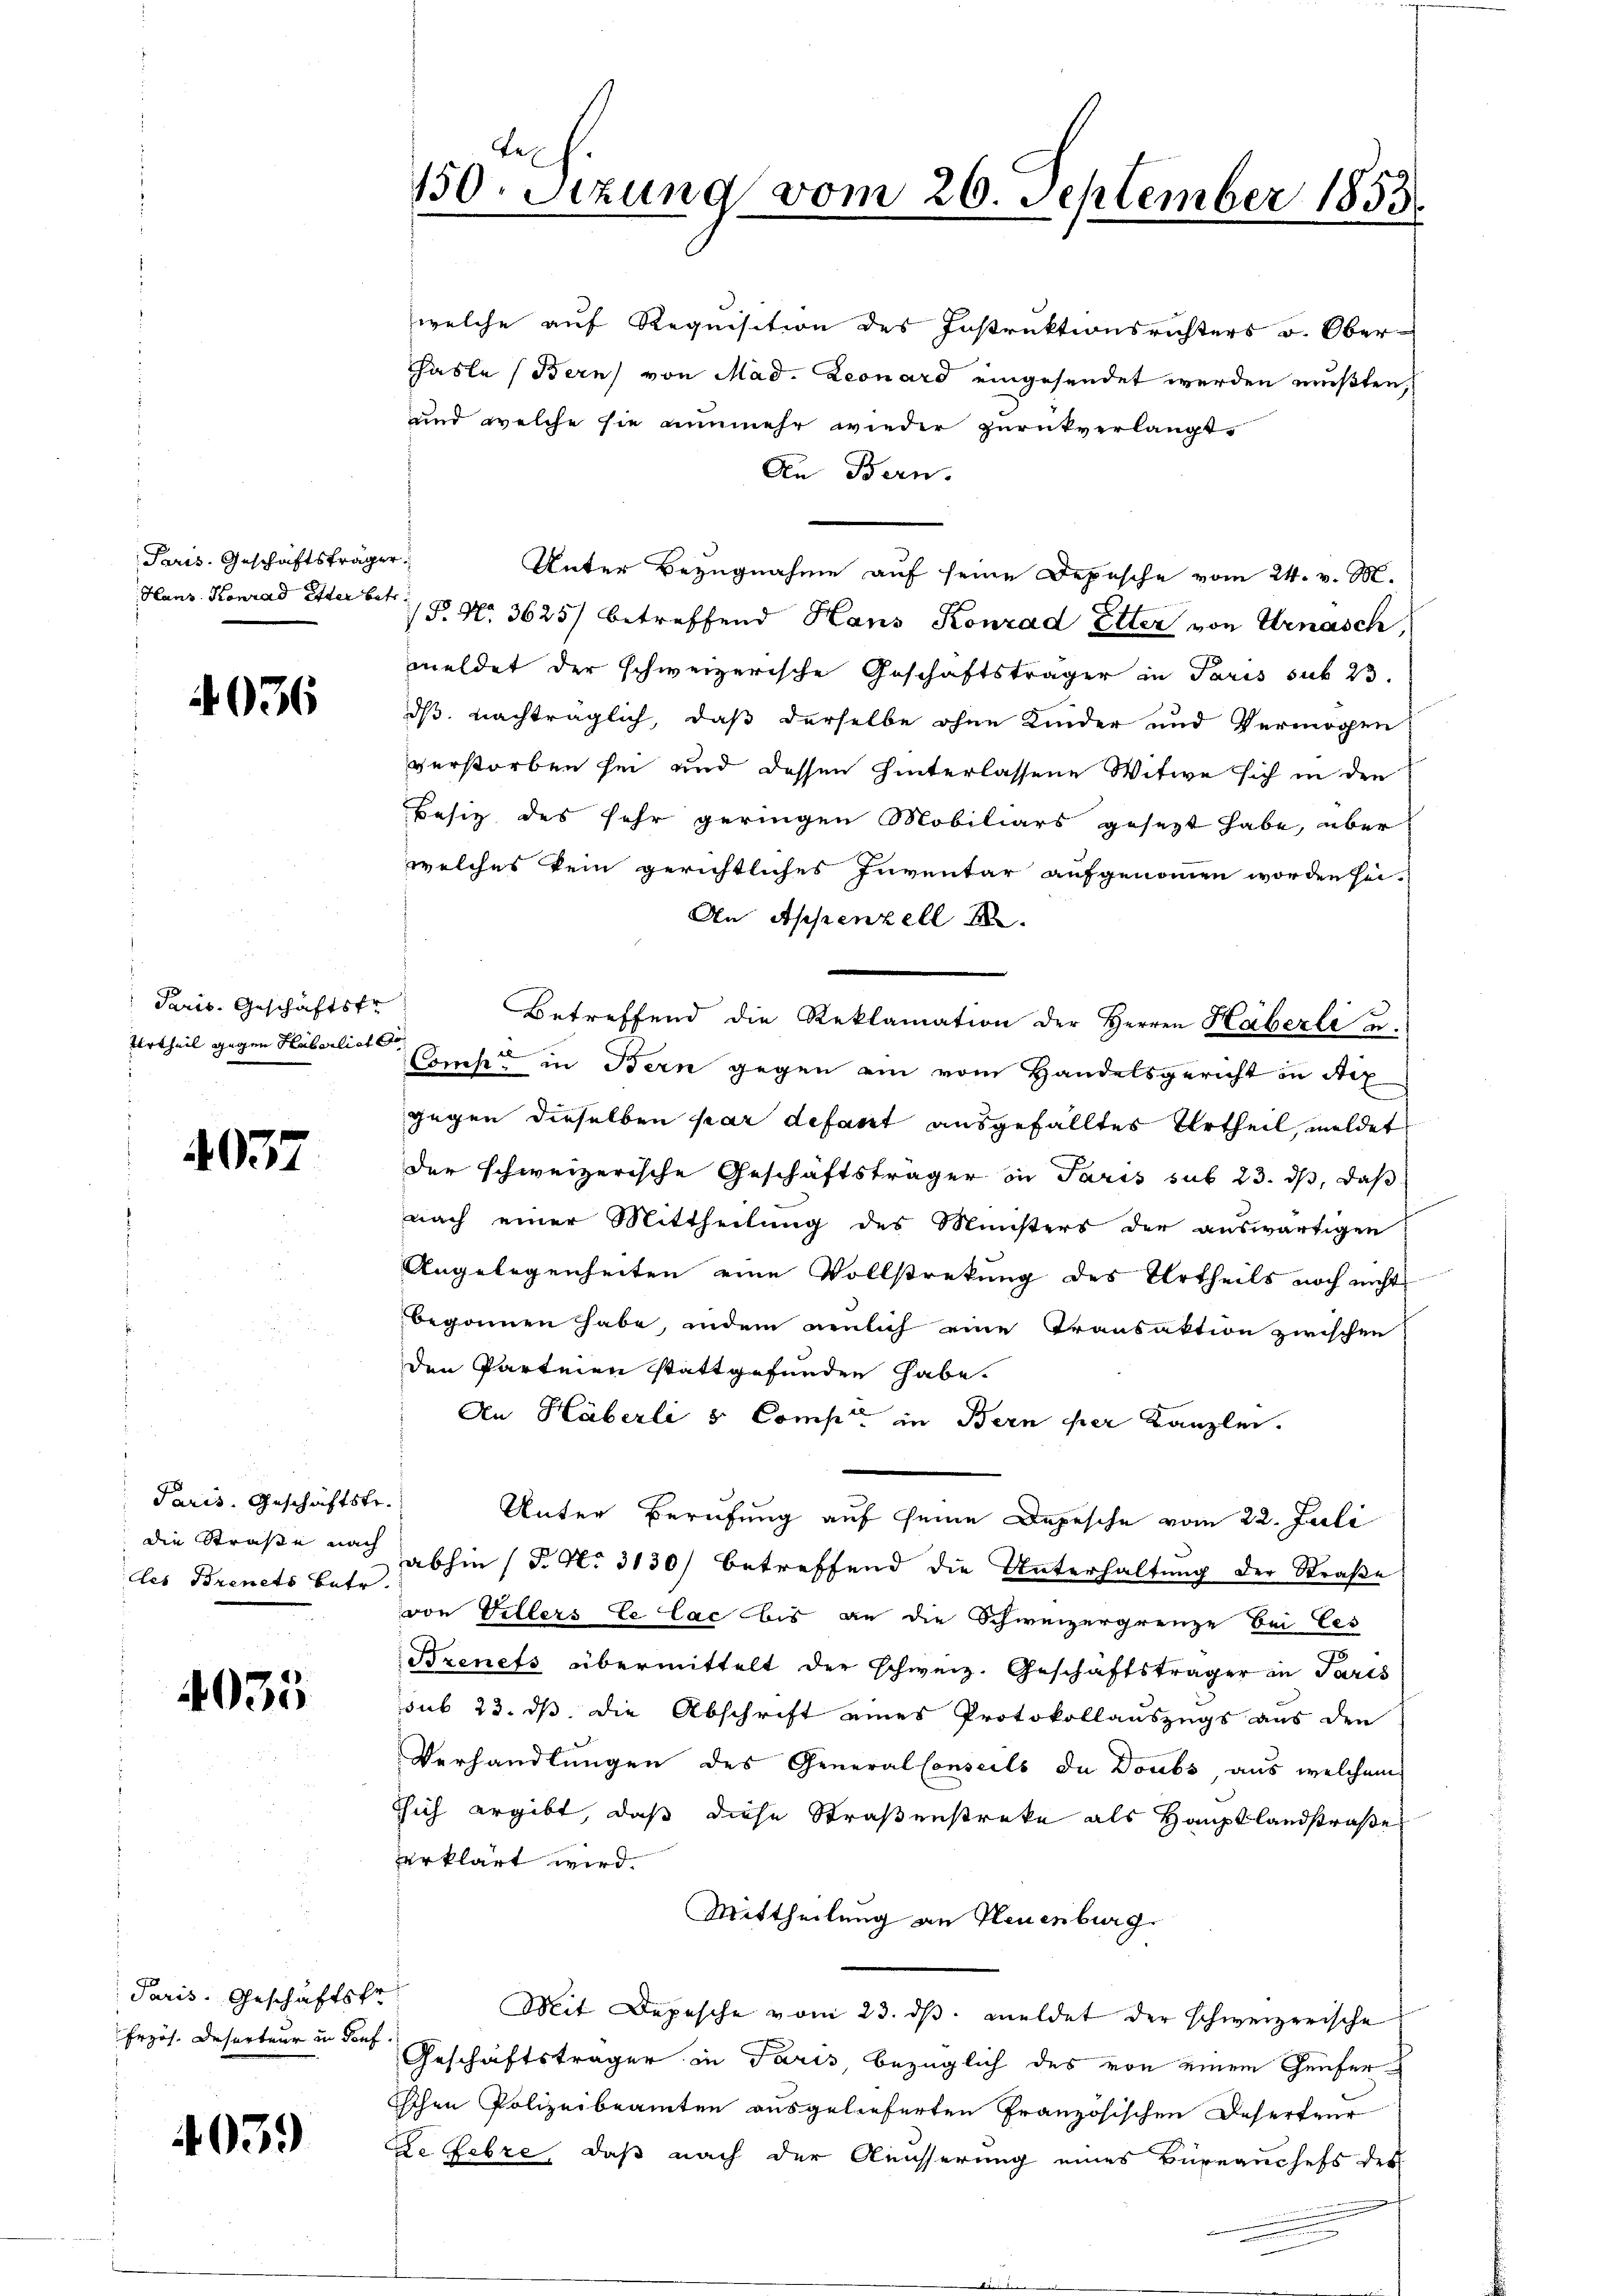
Paris, Geschäftsfrage
Hans Konrad Etter bet

4036

Paris. Geschäftsf
Urtheil gegen Huberlich

4037

Paris. Geschäftstr.
die Straße nach
des Brenets betr.

4035

Paris. Geschäftskr
Erzös. Deserteur in Souf

4039)

v

150. Sitzung vom 26. September 1853

welche auf Requisition des Instruktionsrichters v. Oberhasle (Bern) von Mad. Leonard eingesendet werden mußten,
und welche sie nunmehr wieder zurückverlangt
An Bern.
Unter Bezugnahme auf seine Depesche vom 24. v. M.
P. Nr. 3625) betreffend Hans Konrad Etter von Urnasch,
meldet der schweizerische Geschäftsträger in Paris sub 23.
dß nachträglich, daß derselbe ohne Kinder und Vermögen
verstorben sei und dessen hinterlassene Witwe sich in den
Besiz des sehr geringen Mobiliars gesezt habe, über
welches kein gerichtliches Inventar aufgenommen worden sei.
An Appenzell A.
Betreffend die Reklamation der Herren Häberli u.
Comp. in Bern gegen ein vom Handelsgericht in Aix
gegen dieselben par defant ausgefälltes Urtheil, meldet
der schweizerische Geschäftsträger in Paris sub 23. ds, daß
nach einer Mittheilung des Münsters der auswärtigen
Angelegenheiten eine Vollstrekung des Urtheils noch nicht
begonnen habe, indem neulich eine Transaktion zwischen
den Garteien stattgefunden habe.
An Häberli & Comp. in Bern per Kanzlei.
Unter Berufung auf seine Depesche vom 22. Juli
abhin (T. N. 3130) betreffend die Unterhaltung der Straße
von Villers le Cac bis an die Schweizergrenze bei Ces
Brenes übermittelt der schweiz. Geschäftsträger in Paris
sub 23. ds. die Abschrift eines Protokollauszugs aus den
Verhandlungen des GeneralConseils da Doubs, aus welchem
sich ergibt, daß diese Straßenstreke als Hauptlandstraße
erklärt wird.
Mittheilung an Neuenburg
Mit Depesche vom 23. ds. meldet der schweizerische
Geschäftsträger in Paris, bezüglich des von einem Genfer
schen Polizeibeamten ausgelieferten Französischen Deserteur
De Febre, daß nach der Ausserung eines Büreanchefs des